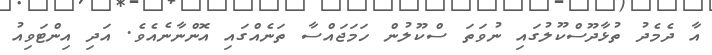
އާ ދެމެދު ތުޅާދޫސްކޫލުގައި ނުވަތަ ސްކޫލުން ހަމަޖައްސާ ތަނެއްގައި އޮންނާނެއެވެ. އަދި އިންޓަވިއު